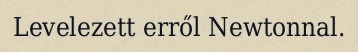
Levelezett erről Newtonnal.